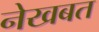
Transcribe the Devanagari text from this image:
नेखबत